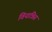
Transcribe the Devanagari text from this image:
वियात्रिस